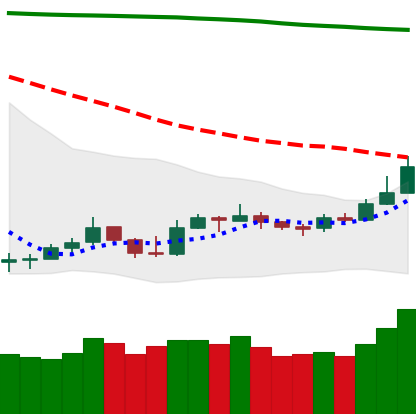
Ticker: LTC-USD
Chart end date: 2019-09-18
Forward return: -14.259%
Label: down_7plus